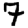
Digit: 7